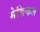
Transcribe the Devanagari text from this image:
मेङिकल